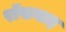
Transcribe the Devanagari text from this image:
रॉसबाइ